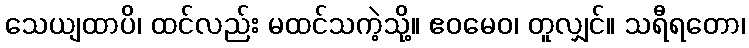
သေယျထာပိ၊ ထင်လည်း မထင်သကဲ့သို့။ ဧဝမေဝ၊ တူလျှင်။ သရီရတော၊